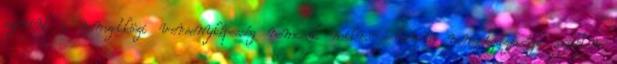
szerint a nemzetközi versenyképesség nemcsak mikro-, hanem nemzetgazdasági szinten